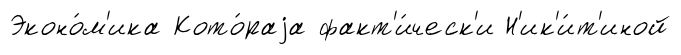
Эконо́м'ика Кото́раjа факт'и́ческ'и Н'ик'и́т'иной